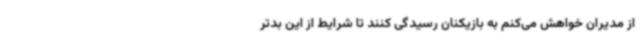
از مدیران خواهش می‌کنم به بازیکنان رسیدگی کنند تا شرایط از این بدتر